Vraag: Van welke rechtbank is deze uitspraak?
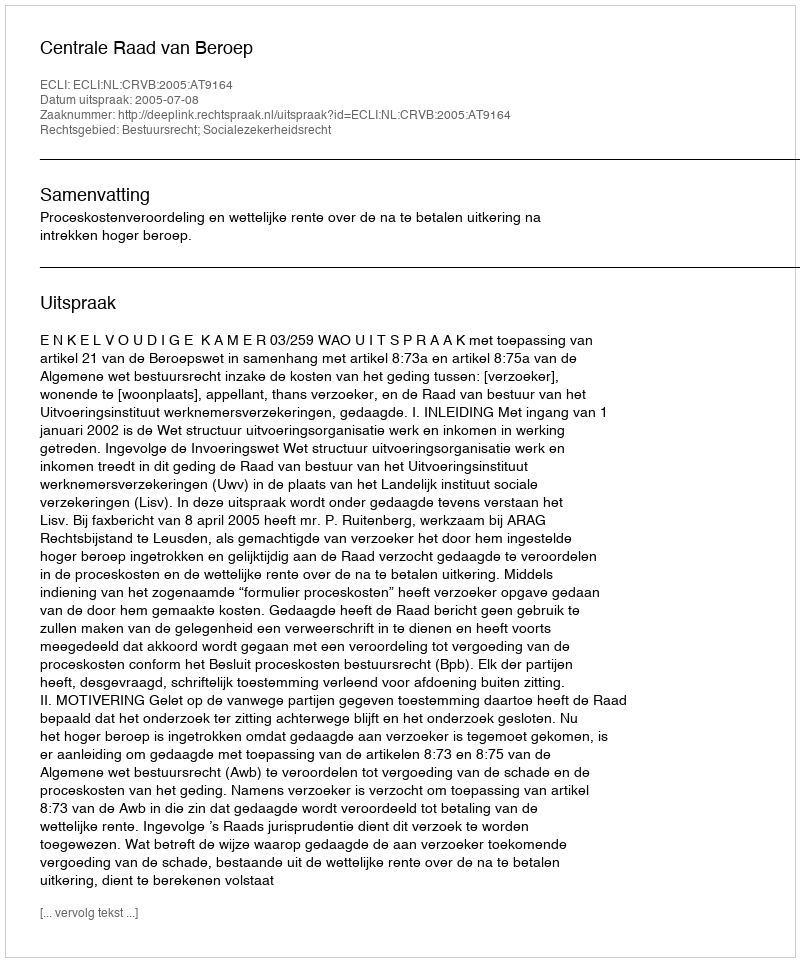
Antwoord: Centrale Raad van Beroep